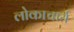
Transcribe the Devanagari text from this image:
लोकाचार्य